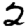
Digit: 2